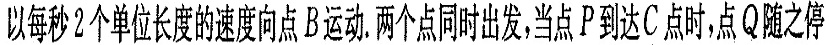
以每秒2个单位长度的速度向点B运动.两个点同时出发,当点P到达C点时，点Q随之停